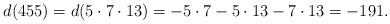
LaTeX: \begin{align*}d(455)= d(5\cdot7\cdot13)=-5\cdot7-5\cdot13-7\cdot13 = -191.\end{align*}